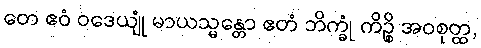
တေ ဧဝံ ဝဒေယျုံ မာယသ္မန္တော ဧတံ ဘိက္ခုံ ကိဉ္စိ အဝစုတ္ထ,